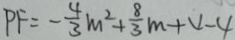
P F = - \frac { 4 } { 3 } m ^ { 2 } + \frac { 8 } { 3 } m + 4 - 4